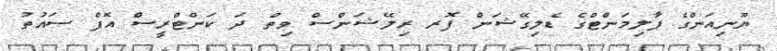
ޔޫނިއަންގެ ޕާލިމަންޓްގެ ޑެލިގޭޝަން ފޮރ ރިލޭޝަންސް ވިތް ދަ ކަންޓްރީސް އޮފް ސައުތު